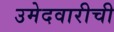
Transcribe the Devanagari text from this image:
उमेदवारीची